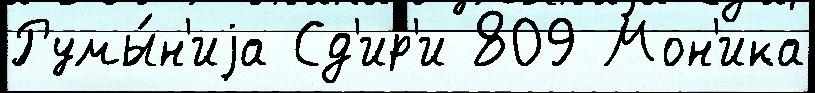
Румы́н'иjа Сд'ир'и 809 Мон'ика